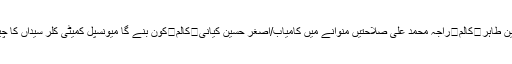
طاہر یاسین طاہر	کالم	راجہ محمد علی صلاحتیں منوانے میں کامیاب/اصغر حسین کیانی	کالم	کون بنے گا میونسپل کمیٹی کلر سیداں کا چیئر مین ؟